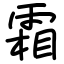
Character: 霜